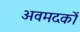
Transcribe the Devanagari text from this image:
अवमदकों